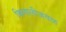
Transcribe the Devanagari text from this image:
किगालीजवळ